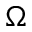
\Omega